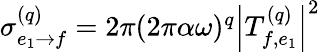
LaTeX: \begin{array}{r}{\sigma_{e_{1}\rightarrow f}^{(q)}=2\pi(2\pi\alpha\omega)^{q}\left|T_{f,e_{1}}^{(q)}\right|^{2}}\end{array}